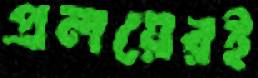
প্রলয়েরই